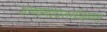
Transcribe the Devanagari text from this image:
शाब्दबोधसमीक्षणम्